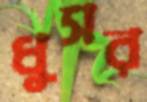
ধুসর